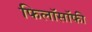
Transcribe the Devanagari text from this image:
फिलाॅसाॅफी